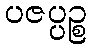
ပဇပ္ပဉ္စ